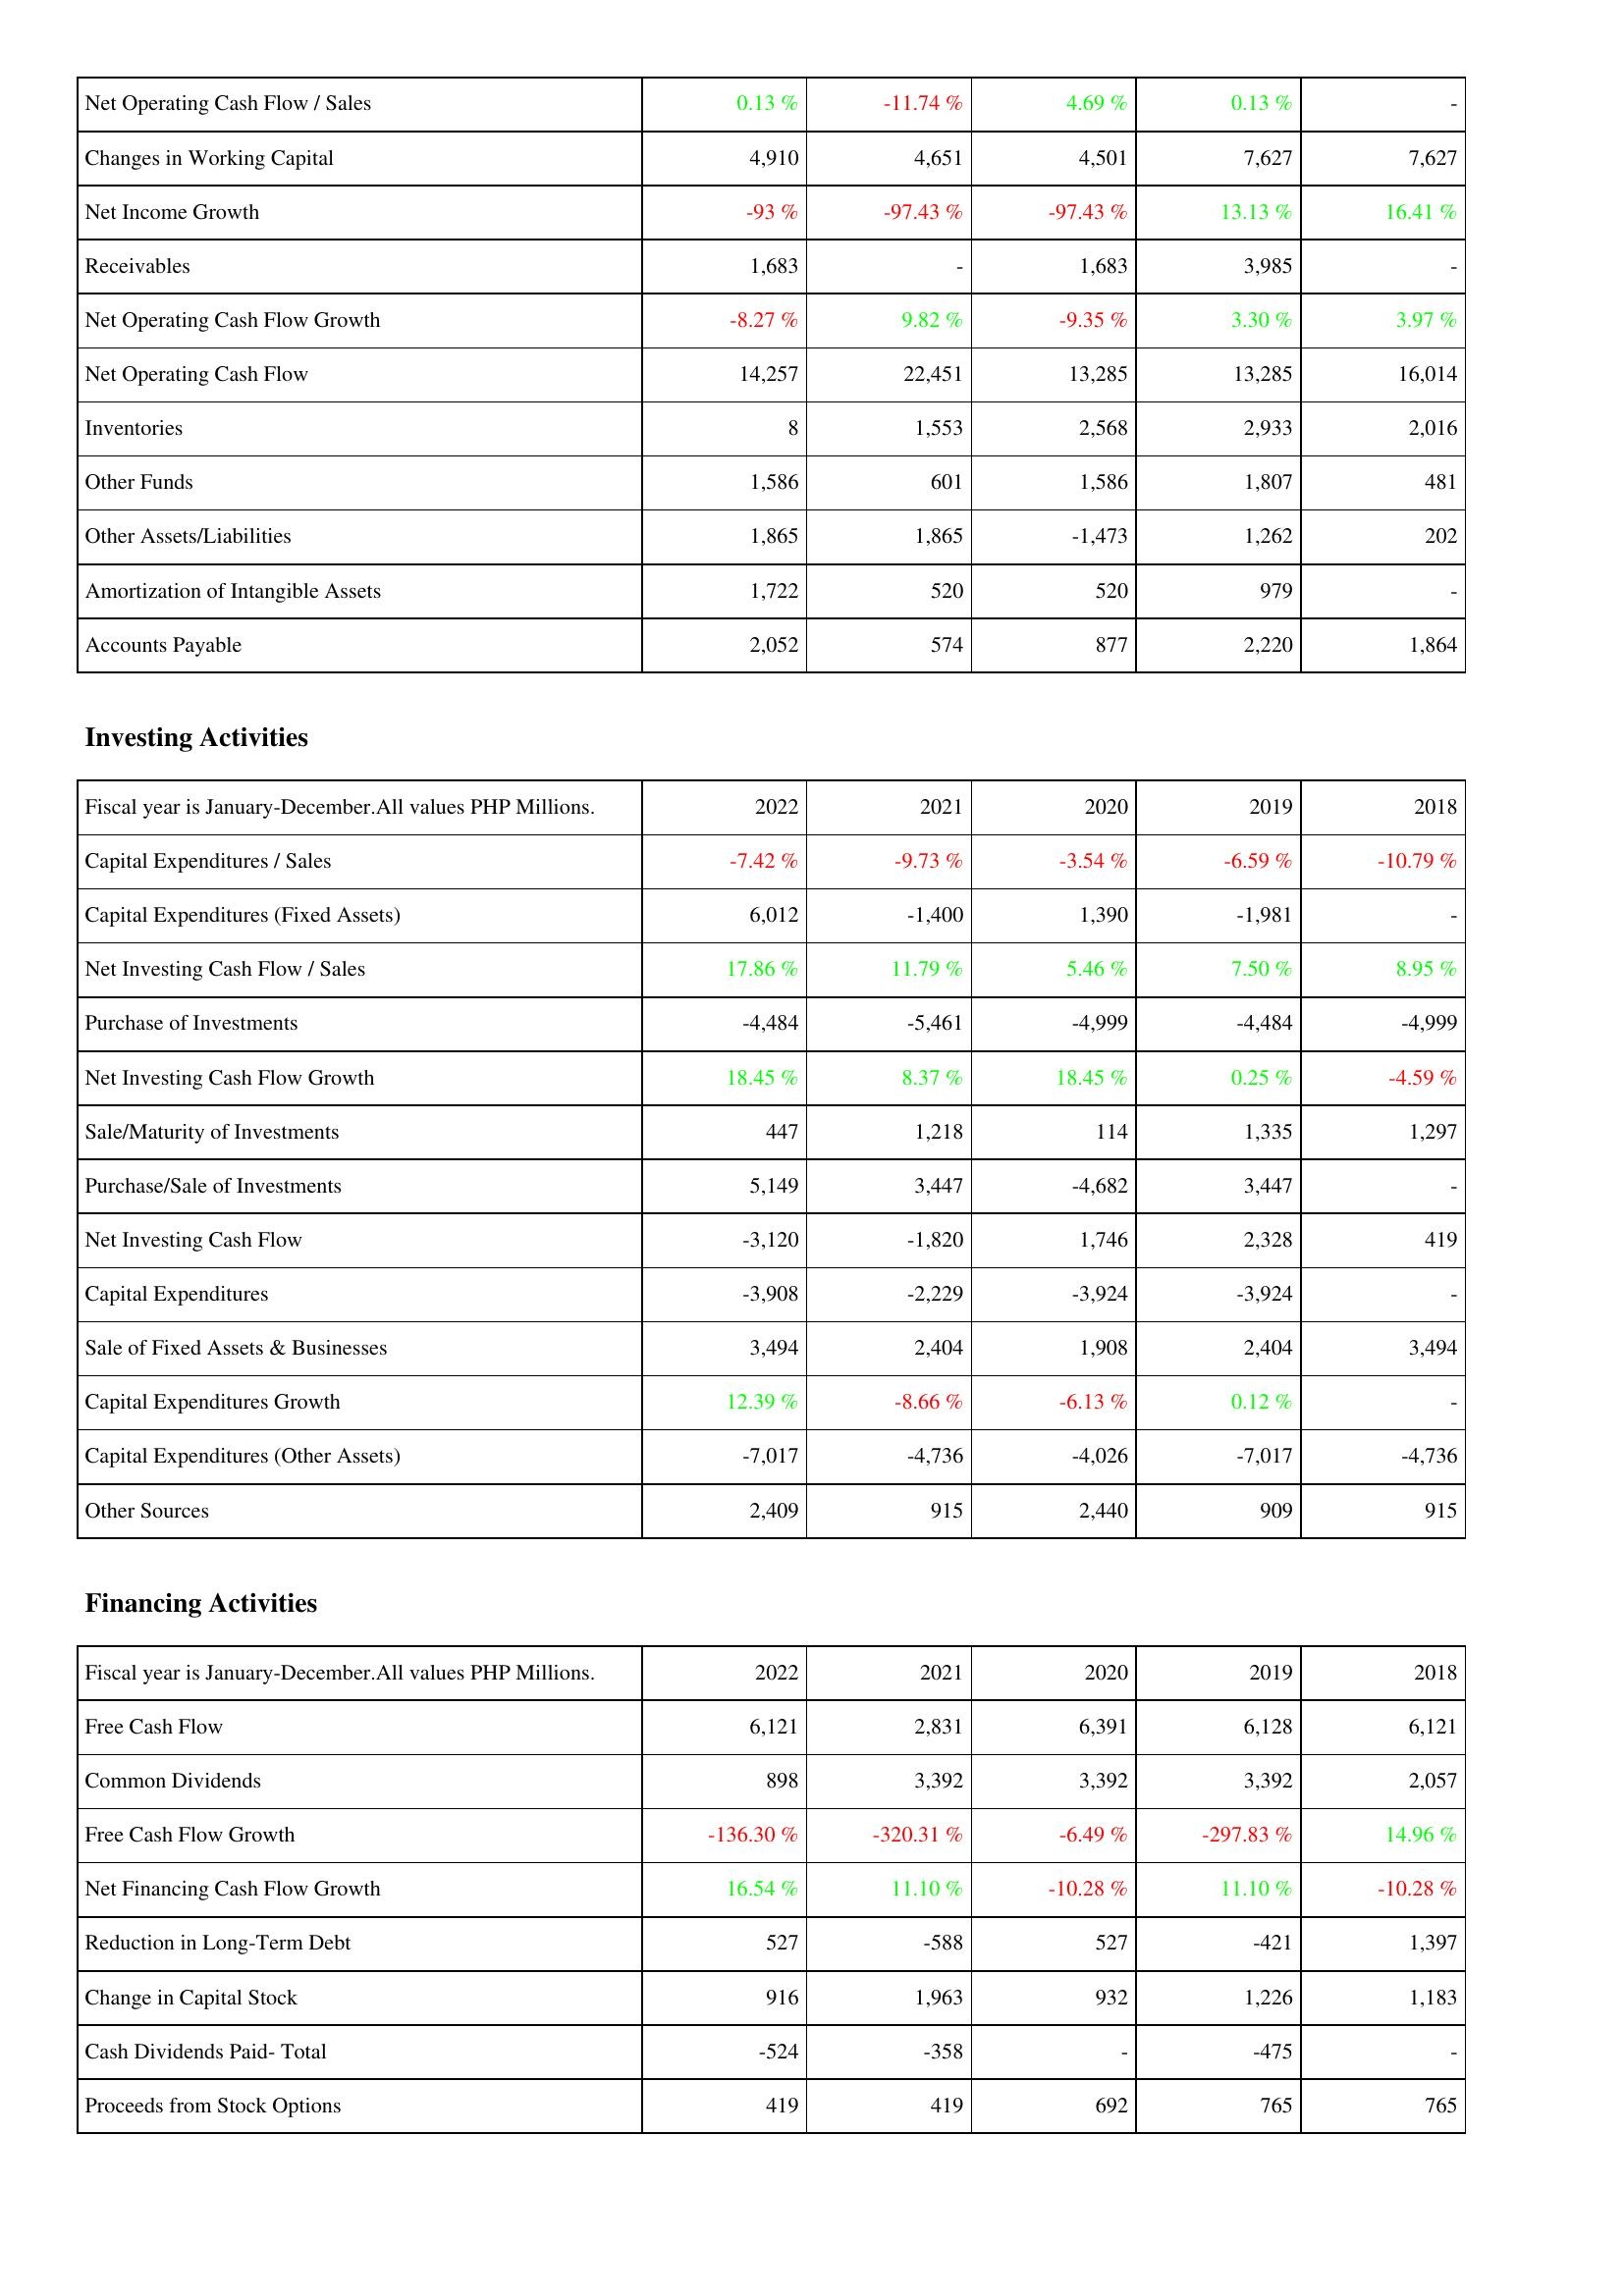
2022: Operating Activities: Net Operating Cash Flow / Sales: 0.13 %
Changes in Working Capital: 4,910
Net Income Growth: -93 %
Receivables: 1,683
Net Operating Cash Flow Growth: -8.27 %
Net Operating Cash Flow: 14,257
Inventories: 8
Other Funds: 1,586
Other Assets/Liabilities: 1,865
Amortization of Intangible Assets: 1,722
Accounts Payable: 2,052
Investing Activities: Capital Expenditures / Sales: -7.42 %
Capital Expenditures (Fixed Assets): 6,012
Net Investing Cash Flow / Sales: 17.86 %
Purchase of Investments: -4,484
Net Investing Cash Flow Growth: 18.45 %
Sale/Maturity of Investments: 447
Purchase/Sale of Investments: 5,149
Net Investing Cash Flow: -3,120
Capital Expenditures: -3,908
Sale of Fixed Assets & Businesses: 3,494
Capital Expenditures Growth: 12.39 %
Capital Expenditures (Other Assets): -7,017
Other Sources: 2,409
Financing Activities: Free Cash Flow: 6,121
Common Dividends: 898
Free Cash Flow Growth: -136.30 %
Net Financing Cash Flow Growth: 16.54 %
Reduction in Long-Term Debt: 527
Change in Capital Stock: 916
Cash Dividends Paid- Total: -524
Proceeds from Stock Options: 419
2021: Operating Activities: Net Operating Cash Flow / Sales: -11.74 %
Changes in Working Capital: 4,651
Net Income Growth: -97.43 %
Receivables: -
Net Operating Cash Flow Growth: 9.82 %
Net Operating Cash Flow: 22,451
Inventories: 1,553
Other Funds: 601
Other Assets/Liabilities: 1,865
Amortization of Intangible Assets: 520
Accounts Payable: 574
Investing Activities: Capital Expenditures / Sales: -9.73 %
Capital Expenditures (Fixed Assets): -1,400
Net Investing Cash Flow / Sales: 11.79 %
Purchase of Investments: -5,461
Net Investing Cash Flow Growth: 8.37 %
Sale/Maturity of Investments: 1,218
Purchase/Sale of Investments: 3,447
Net Investing Cash Flow: -1,820
Capital Expenditures: -2,229
Sale of Fixed Assets & Businesses: 2,404
Capital Expenditures Growth: -8.66 %
Capital Expenditures (Other Assets): -4,736
Other Sources: 915
Financing Activities: Free Cash Flow: 2,831
Common Dividends: 3,392
Free Cash Flow Growth: -320.31 %
Net Financing Cash Flow Growth: 11.10 %
Reduction in Long-Term Debt: -588
Change in Capital Stock: 1,963
Cash Dividends Paid- Total: -358
Proceeds from Stock Options: 419
2020: Operating Activities: Net Operating Cash Flow / Sales: 4.69 %
Changes in Working Capital: 4,501
Net Income Growth: -97.43 %
Receivables: 1,683
Net Operating Cash Flow Growth: -9.35 %
Net Operating Cash Flow: 13,285
Inventories: 2,568
Other Funds: 1,586
Other Assets/Liabilities: -1,473
Amortization of Intangible Assets: 520
Accounts Payable: 877
Investing Activities: Capital Expenditures / Sales: -3.54 %
Capital Expenditures (Fixed Assets): 1,390
Net Investing Cash Flow / Sales: 5.46 %
Purchase of Investments: -4,999
Net Investing Cash Flow Growth: 18.45 %
Sale/Maturity of Investments: 114
Purchase/Sale of Investments: -4,682
Net Investing Cash Flow: 1,746
Capital Expenditures: -3,924
Sale of Fixed Assets & Businesses: 1,908
Capital Expenditures Growth: -6.13 %
Capital Expenditures (Other Assets): -4,026
Other Sources: 2,440
Financing Activities: Free Cash Flow: 6,391
Common Dividends: 3,392
Free Cash Flow Growth: -6.49 %
Net Financing Cash Flow Growth: -10.28 %
Reduction in Long-Term Debt: 527
Change in Capital Stock: 932
Cash Dividends Paid- Total: -
Proceeds from Stock Options: 692
2019: Operating Activities: Net Operating Cash Flow / Sales: 0.13 %
Changes in Working Capital: 7,627
Net Income Growth: 13.13 %
Receivables: 3,985
Net Operating Cash Flow Growth: 3.30 %
Net Operating Cash Flow: 13,285
Inventories: 2,933
Other Funds: 1,807
Other Assets/Liabilities: 1,262
Amortization of Intangible Assets: 979
Accounts Payable: 2,220
Investing Activities: Capital Expenditures / Sales: -6.59 %
Capital Expenditures (Fixed Assets): -1,981
Net Investing Cash Flow / Sales: 7.50 %
Purchase of Investments: -4,484
Net Investing Cash Flow Growth: 0.25 %
Sale/Maturity of Investments: 1,335
Purchase/Sale of Investments: 3,447
Net Investing Cash Flow: 2,328
Capital Expenditures: -3,924
Sale of Fixed Assets & Businesses: 2,404
Capital Expenditures Growth: 0.12 %
Capital Expenditures (Other Assets): -7,017
Other Sources: 909
Financing Activities: Free Cash Flow: 6,128
Common Dividends: 3,392
Free Cash Flow Growth: -297.83 %
Net Financing Cash Flow Growth: 11.10 %
Reduction in Long-Term Debt: -421
Change in Capital Stock: 1,226
Cash Dividends Paid- Total: -475
Proceeds from Stock Options: 765
2018: Operating Activities: Net Operating Cash Flow / Sales: -
Changes in Working Capital: 7,627
Net Income Growth: 16.41 %
Receivables: -
Net Operating Cash Flow Growth: 3.97 %
Net Operating Cash Flow: 16,014
Inventories: 2,016
Other Funds: 481
Other Assets/Liabilities: 202
Amortization of Intangible Assets: -
Accounts Payable: 1,864
Investing Activities: Capital Expenditures / Sales: -10.79 %
Capital Expenditures (Fixed Assets): -
Net Investing Cash Flow / Sales: 8.95 %
Purchase of Investments: -4,999
Net Investing Cash Flow Growth: -4.59 %
Sale/Maturity of Investments: 1,297
Purchase/Sale of Investments: -
Net Investing Cash Flow: 419
Capital Expenditures: -
Sale of Fixed Assets & Businesses: 3,494
Capital Expenditures Growth: -
Capital Expenditures (Other Assets): -4,736
Other Sources: 915
Financing Activities: Free Cash Flow: 6,121
Common Dividends: 2,057
Free Cash Flow Growth: 14.96 %
Net Financing Cash Flow Growth: -10.28 %
Reduction in Long-Term Debt: 1,397
Change in Capital Stock: 1,183
Cash Dividends Paid- Total: -
Proceeds from Stock Options: 765